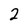
Character: 2